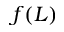
f ( L )